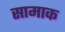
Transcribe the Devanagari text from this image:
सामाक